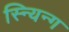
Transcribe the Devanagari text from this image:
स्न्यिन्ग